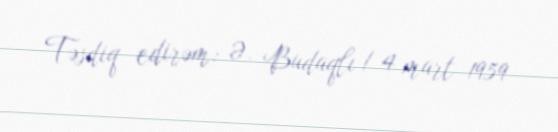
Təsdiq edirəm: Ə. Budaqlı / 4 mart 1959